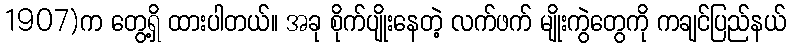
1907)က တွေ့ရှိ ထားပါတယ်။ အခု စိုက်ပျိုးနေတဲ့ လက်ဖက် မျိုးကွဲတွေကို ကချင်ပြည်နယ်